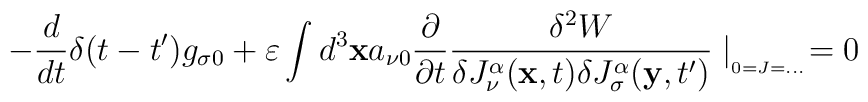
-\frac{d}{dt}\delta (t-t')g_{\sigma 0}+\varepsilon \int d^{3}\mathbf{x}a_{\nu 0}\frac{\partial }{\partial t}\frac{\delta ^{2}W}{\delta J_{\nu }^{\alpha }(\mathbf{x},t)\delta J_{\sigma }^{\alpha }(\mathbf{y},t')}\mid _{_{_{0=J=...}}}=0